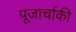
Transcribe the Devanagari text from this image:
पूजार्चाकी